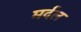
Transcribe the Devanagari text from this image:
मर्दल